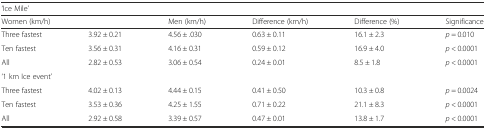
| <COLSPAN=6> ‘Ice Mile’ |
 | <COLSPAN=2> Women (km/h) | Men (km/h) | Difference (km/h) | Difference (%) | Significance |
 | --- | --- | --- | --- | --- | --- |
 | Three fastest | 3.92 ± 0.21 | 4.56 ± .030 | 0.63 ± 0.11 | 16.1 ± 2.3 | p = 0.010 |
 | Ten fastest | 3.56 ± 0.31 | 4.16 ± 0.31 | 0.59 ± 0.12 | 16.9 ± 4.0 | p < 0.0001 |
 | All | 2.82 ± 0.53 | 3.06 ± 0.54 | 0.24 ± 0.01 | 8.5 ± 1.8 | p < 0.0001 |
 | <COLSPAN=6> ‘1 km Ice event’ |
 | Three fastest | 4.02 ± 0.13 | 4.44 ± 0.15 | 0.41 ± 0.50 | 10.3 ± 0.8 | p = 0.0024 |
 | Ten fastest | 3.53 ± 0.36 | 4.25 ± 1.55 | 0.71 ± 0.22 | 21.1 ± 8.3 | p < 0.0001 |
 | All | 2.92 ± 0.58 | 3.39 ± 0.57 | 0.47 ± 0.01 | 13.8 ± 1.7 | p < 0.0001 |